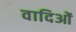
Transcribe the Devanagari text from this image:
वादिओं